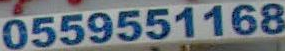
0559551168